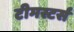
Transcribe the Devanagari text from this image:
टीमस्टर्स